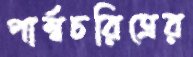
পার্শ্বচরিত্রের